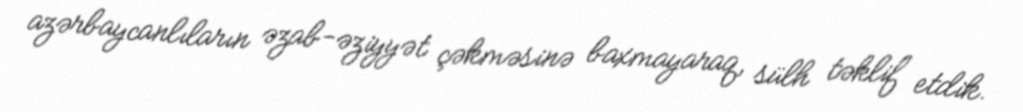
azərbaycanlıların əzab-əziyyət çəkməsinə baxmayaraq, sülh təklif etdik.